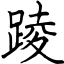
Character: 踜